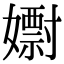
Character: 𡣋